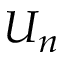
U _ { n }